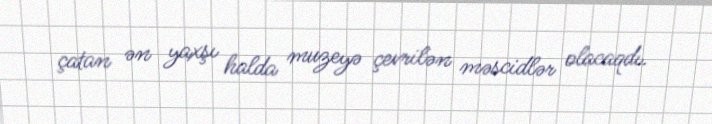
çatan ən yaxşı halda muzeyə çevrilən məscidlər olacaqdı.